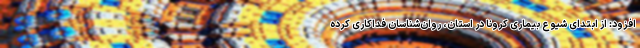
افزود: از ابتدای شیوع بیماری کرونا در استان، روان‌شناسان فداکاری کرده